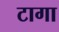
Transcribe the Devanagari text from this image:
टागा